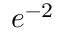
e ^ { - 2 }